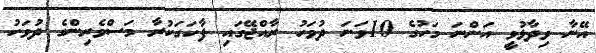
އޭނާ ވިދާޅުވީި އަންނަ މަހުގެ 10ވަނަ ދުވަހު ރާއްޖޭގައި ފާހަގަކުރާ މަސްވެރިންގެ ދުވަހު